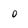
Character: 0